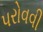
પરોવવી